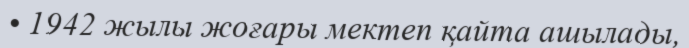
• 1942 жылы жоғары мектеп қайта ашылады,